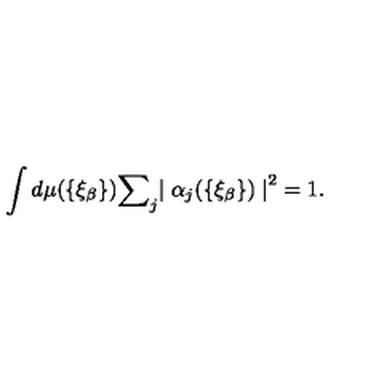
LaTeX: \int d \mu ( \{ { \xi } _ { \beta } \} ) { \sum } _ { j } { \mid { \alpha } _ { j } ( \{ { \xi } _ { \beta } \} ) \mid } ^ { 2 } = 1 .